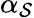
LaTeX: \alpha_{\mathcal{S}}